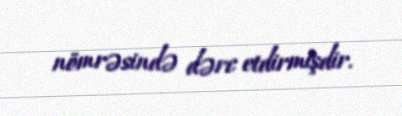
nömrəsində dərc etdirmişdir.